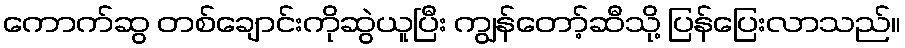
ကောက်ဆွ တစ်ချောင်းကိုဆွဲယူပြီး ကျွန်တော့်ဆီသို့ ပြန်ပြေးလာသည်။